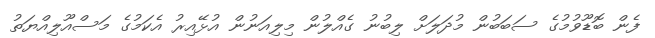
ފެން ބޮޑޫވުމުގެ ސަބަބުން މުދަލަށް ލިބުނު ގެއްލުން މިލިއަނުން އުޅޭއިރު އެކަމުގެ މަސްއޫލިއްޔަތު